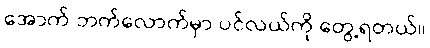
အောက် ဘက်လောက်မှာ ပင်လယ်ကို တွေ့ရတယ်။